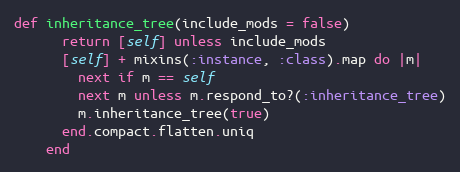
Language: Ruby
def inheritance_tree(include_mods = false)
      return [self] unless include_mods
      [self] + mixins(:instance, :class).map do |m|
        next if m == self
        next m unless m.respond_to?(:inheritance_tree)
        m.inheritance_tree(true)
      end.compact.flatten.uniq
    end